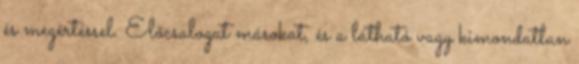
és megértéssel. Előcsalogat másokat, és a látható vagy kimondatlan